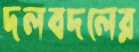
দলবদলের